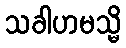
သခါဟမသ္မိ